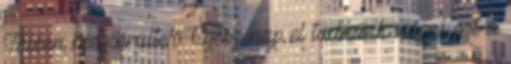
Többen megsérültek. Egész nap el tudnánk nézni ezt a